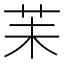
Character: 苿